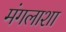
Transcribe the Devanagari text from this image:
मंगलाशा